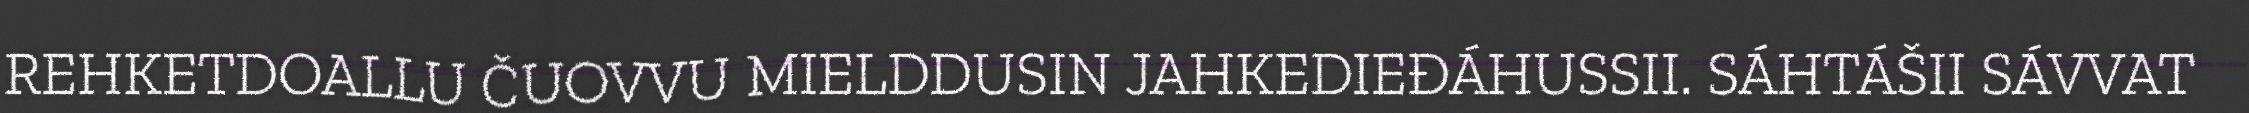
REHKETDOALLU ČUOVVU MIELDDUSIN JAHKEDIEĐÁHUSSII. SÁHTÁŠII SÁVVAT